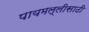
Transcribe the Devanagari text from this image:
पायमल्लीसाठी